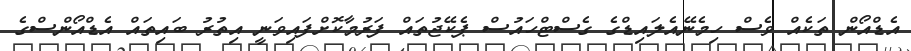
އެޑްއޯން ތަކެއް ވެސް ހިމެނޭއެލައިޑްގެ ގެސްޓްހައުސް ޕެކޭޖުތައް ފަރުމާކޮށްފައިވަނީ އިތުރު ބައިތައް އެޑްއޯންސްގެ